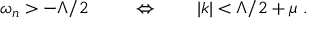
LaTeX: \omega _ { n } > - \Lambda / 2 \ \qquad \Leftrightarrow \qquad | k | < \Lambda / 2 + \mu \ .